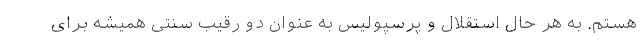
هستم. به هر حال استقلال و پرسپولیس به عنوان دو رقیب سنتی همیشه برای